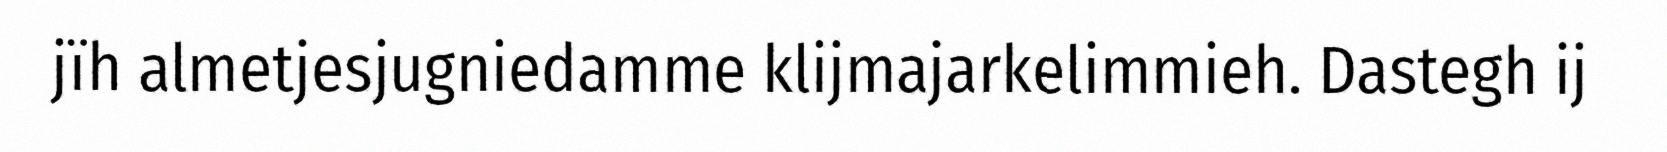
jïh almetjesjugniedamme klijmajarkelimmieh. Dastegh ij